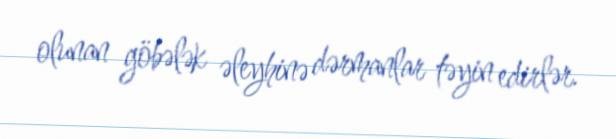
olunan göbələk əleyhinə dərmanlar təyin edirlər.